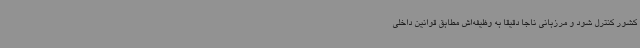
کشور کنترل شود و مرزبانی ناجا دقیقا به وظیفه‌اش مطابق قوانین داخلی